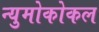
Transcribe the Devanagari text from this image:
न्युमोकोकल